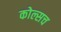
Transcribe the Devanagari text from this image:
कोल्सच